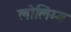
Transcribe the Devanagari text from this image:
लोलिम्ब